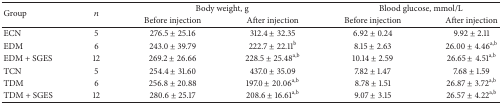
<table><thead><tr><td rowspan="2"><b>Group</b></td><td rowspan="2"><b><i>n</i></b></td><td colspan="2"><b>Body weight, g</b></td><td colspan="2"><b>Blood glucose, mmol/L</b></td></tr><tr><td><b>Before injection</b></td><td><b>After injection</b></td><td><b>Before injection</b></td><td><b>After injection</b></td></tr></thead><tbody><tr><td>ECN</td><td>5</td><td>276.5 ± 25.16</td><td>312.4 ± 32.35</td><td>6.92 ± 0.24</td><td>9.92 ± 2.11</td></tr><tr><td>EDM</td><td>6</td><td>243.0 ± 39.79</td><td>222.7 ± 22.11<sup>b</sup></td><td>8.15 ± 2.63</td><td>26.00 ± 4.46<sup>a,b</sup></td></tr><tr><td>EDM + SGES</td><td>12</td><td>269.2 ± 26.66</td><td>228.5 ± 25.48<sup>a,b</sup></td><td>10.14 ± 2.59</td><td>26.65 ± 4.51<sup>a,b</sup></td></tr><tr><td>TCN</td><td>5</td><td>254.4 ± 31.60</td><td>437.0 ± 35.09</td><td>7.82 ± 1.47</td><td>7.68 ± 1.59</td></tr><tr><td>TDM</td><td>6</td><td>256.8 ± 20.88</td><td>197.0 ± 20.06<sup>a,b</sup></td><td>8.78 ± 1.51</td><td>26.87 ± 3.72<sup>a,b</sup></td></tr><tr><td>TDM + SGES</td><td>12</td><td>280.6 ± 25.17</td><td>208.6 ± 16.61<sup>a,b</sup></td><td>9.07 ± 3.15</td><td>26.57 ± 4.22<sup>a,b</sup></td></tr></tbody></table>